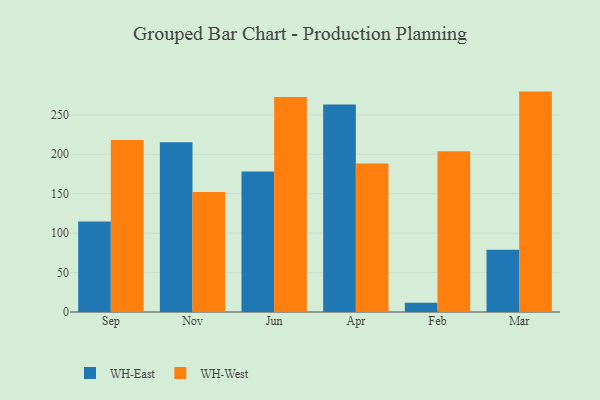
{"axis": {"x": "Month", "y": "Temperature (°C)"}, "legend": ["WH-East", "WH-West"], "data": [{"x": "Sep", "y": 114.9, "type": "WH-East"}, {"x": "Sep", "y": 218.1, "type": "WH-West"}, {"x": "Nov", "y": 215.4, "type": "WH-East"}, {"x": "Nov", "y": 152.1, "type": "WH-West"}, {"x": "Jun", "y": 178.1, "type": "WH-East"}, {"x": "Jun", "y": 272.5, "type": "WH-West"}, {"x": "Apr", "y": 263.2, "type": "WH-East"}, {"x": "Apr", "y": 188.2, "type": "WH-West"}, {"x": "Feb", "y": 11.8, "type": "WH-East"}, {"x": "Feb", "y": 203.8, "type": "WH-West"}, {"x": "Mar", "y": 78.9, "type": "WH-East"}, {"x": "Mar", "y": 279.5, "type": "WH-West"}]}